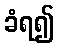
ခံရ၍